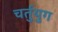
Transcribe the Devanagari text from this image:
चर्तुयुग